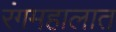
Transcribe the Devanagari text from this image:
रंगमहालात